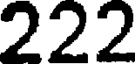
222